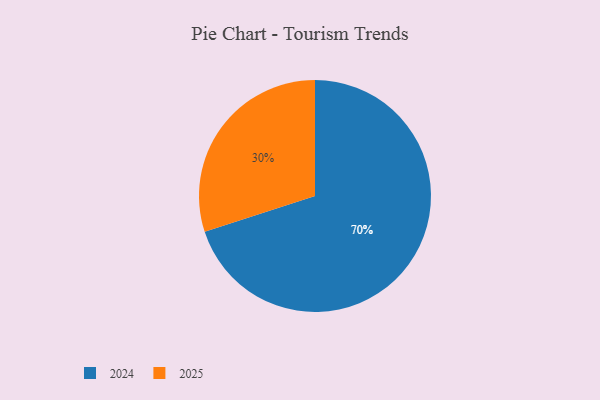
{"axis": {"x": "Category", "y": "Percentage"}, "legend": ["2024", "2025"], "data": [{"x": "2025", "y": 30, "type": "2025"}, {"x": "2024", "y": 70, "type": "2024"}]}